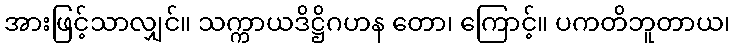
အားဖြင့်သာလျှင်။ သက္ကာယဒိဋ္ဌိဂဟန တော၊ ကြောင့်။ ပကတိဘူတာယ၊